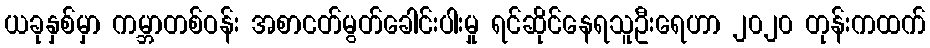
ယခုနှစ်မှာ ကမ္ဘာတစ်ဝန်း အစာငတ်မွတ်ခေါင်းပါးမှု ရင်ဆိုင်နေရသူဦးရေဟာ ၂၀၂၀ တုန်းကထက်